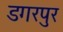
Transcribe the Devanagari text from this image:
डगरपुर